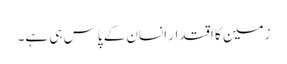
زمین کا اقتدار انسان کے پاس ہی ہے۔